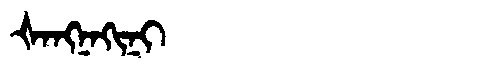
Manchu: ᡧᠠᠩᠨᠠᡴᡳᠨᡳ
Romanization: ŠANGNAKINI